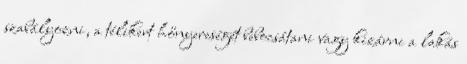
szabályozni, a télikert hőnyereségét bebocsátani vagy kizárni a lakás